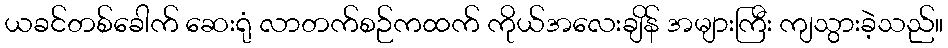
ယခင်တစ်ခေါက် ဆေးရုံ လာတက်စဉ်ကထက် ကိုယ်အလေးချိန် အများကြီး ကျသွားခဲ့သည်။